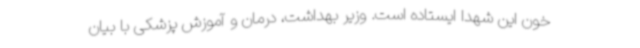
خون این شهدا ایستاده است. وزیر بهداشت، درمان و آموزش پزشکی با بیان